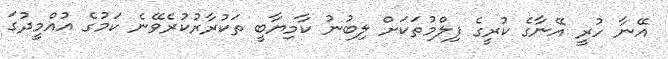
އޭނާ ހުރީ އޭނާގެ ކުރީގެ ފިލްމުތަކަށް ލިބުނު ކާމިޔާބީ ތަކުރާރުކުރެވޭނެ ކަމުގެ އުއްމީދުގަ